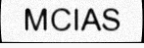
MCIAS